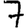
Digit: 7